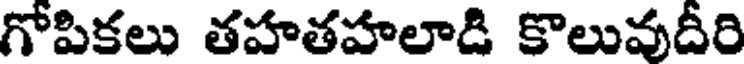
గోపికలు తహతహలాడి కొలువదీరి